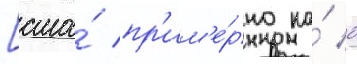
[сша́ пр'им'е́рно на́ 0